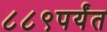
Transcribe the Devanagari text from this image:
८८९पर्यंत